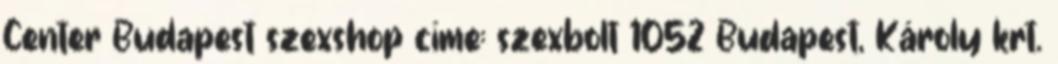
Center Budapest szexshop címe: szexbolt 1052 Budapest, Károly krt.